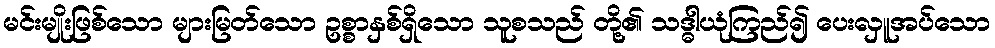
မင်းမျိုးဖြစ်သော များမြတ်သော ဥစ္စာနှစ်ရှိသော သူစသည် တို့၏ သဒ္ဓါယုံကြည်၍ ပေးလှူအပ်သော